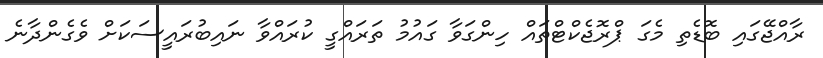
ރާއްޖޭގައި ބޮޑެތި މެގަ ޕްރޮޖެކްޓްތައް ހިންގަވާ ގައުމު ތަރައްގީ ކުރައްވާ ނައިބުރައީސަކަށް ވެގެންދާނެ